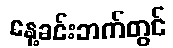
နေ့ခင်းဘက်တွင်